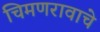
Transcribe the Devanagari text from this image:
चिमणरावाचे